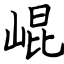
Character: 崐